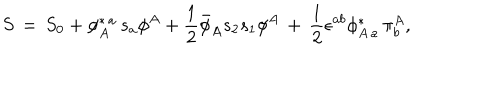
LaTeX: S \, = \, S _ { 0 } + \phi _ { A } ^ { \ast \, a } \, s _ { a } \phi ^ { A } + { \frac { 1 } { 2 } } { \bar { \phi } } _ { A } s _ { 2 } s _ { 1 } \phi ^ { A } \, + \, { \frac { 1 } { 2 } } \epsilon ^ { a b } \phi _ { A \, a } ^ { \ast } \, \pi _ { b } ^ { A } ,